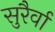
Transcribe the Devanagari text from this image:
सुरैर्वा